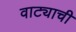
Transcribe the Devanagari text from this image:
वाट्याची